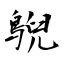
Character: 鶃